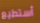
أستطيع